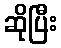
ဆိုပြီး